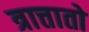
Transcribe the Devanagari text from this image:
त्रात्तातो